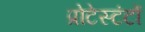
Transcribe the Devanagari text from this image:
प्रोटेस्टंटों